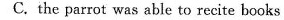
C. the parrot was able to recite books